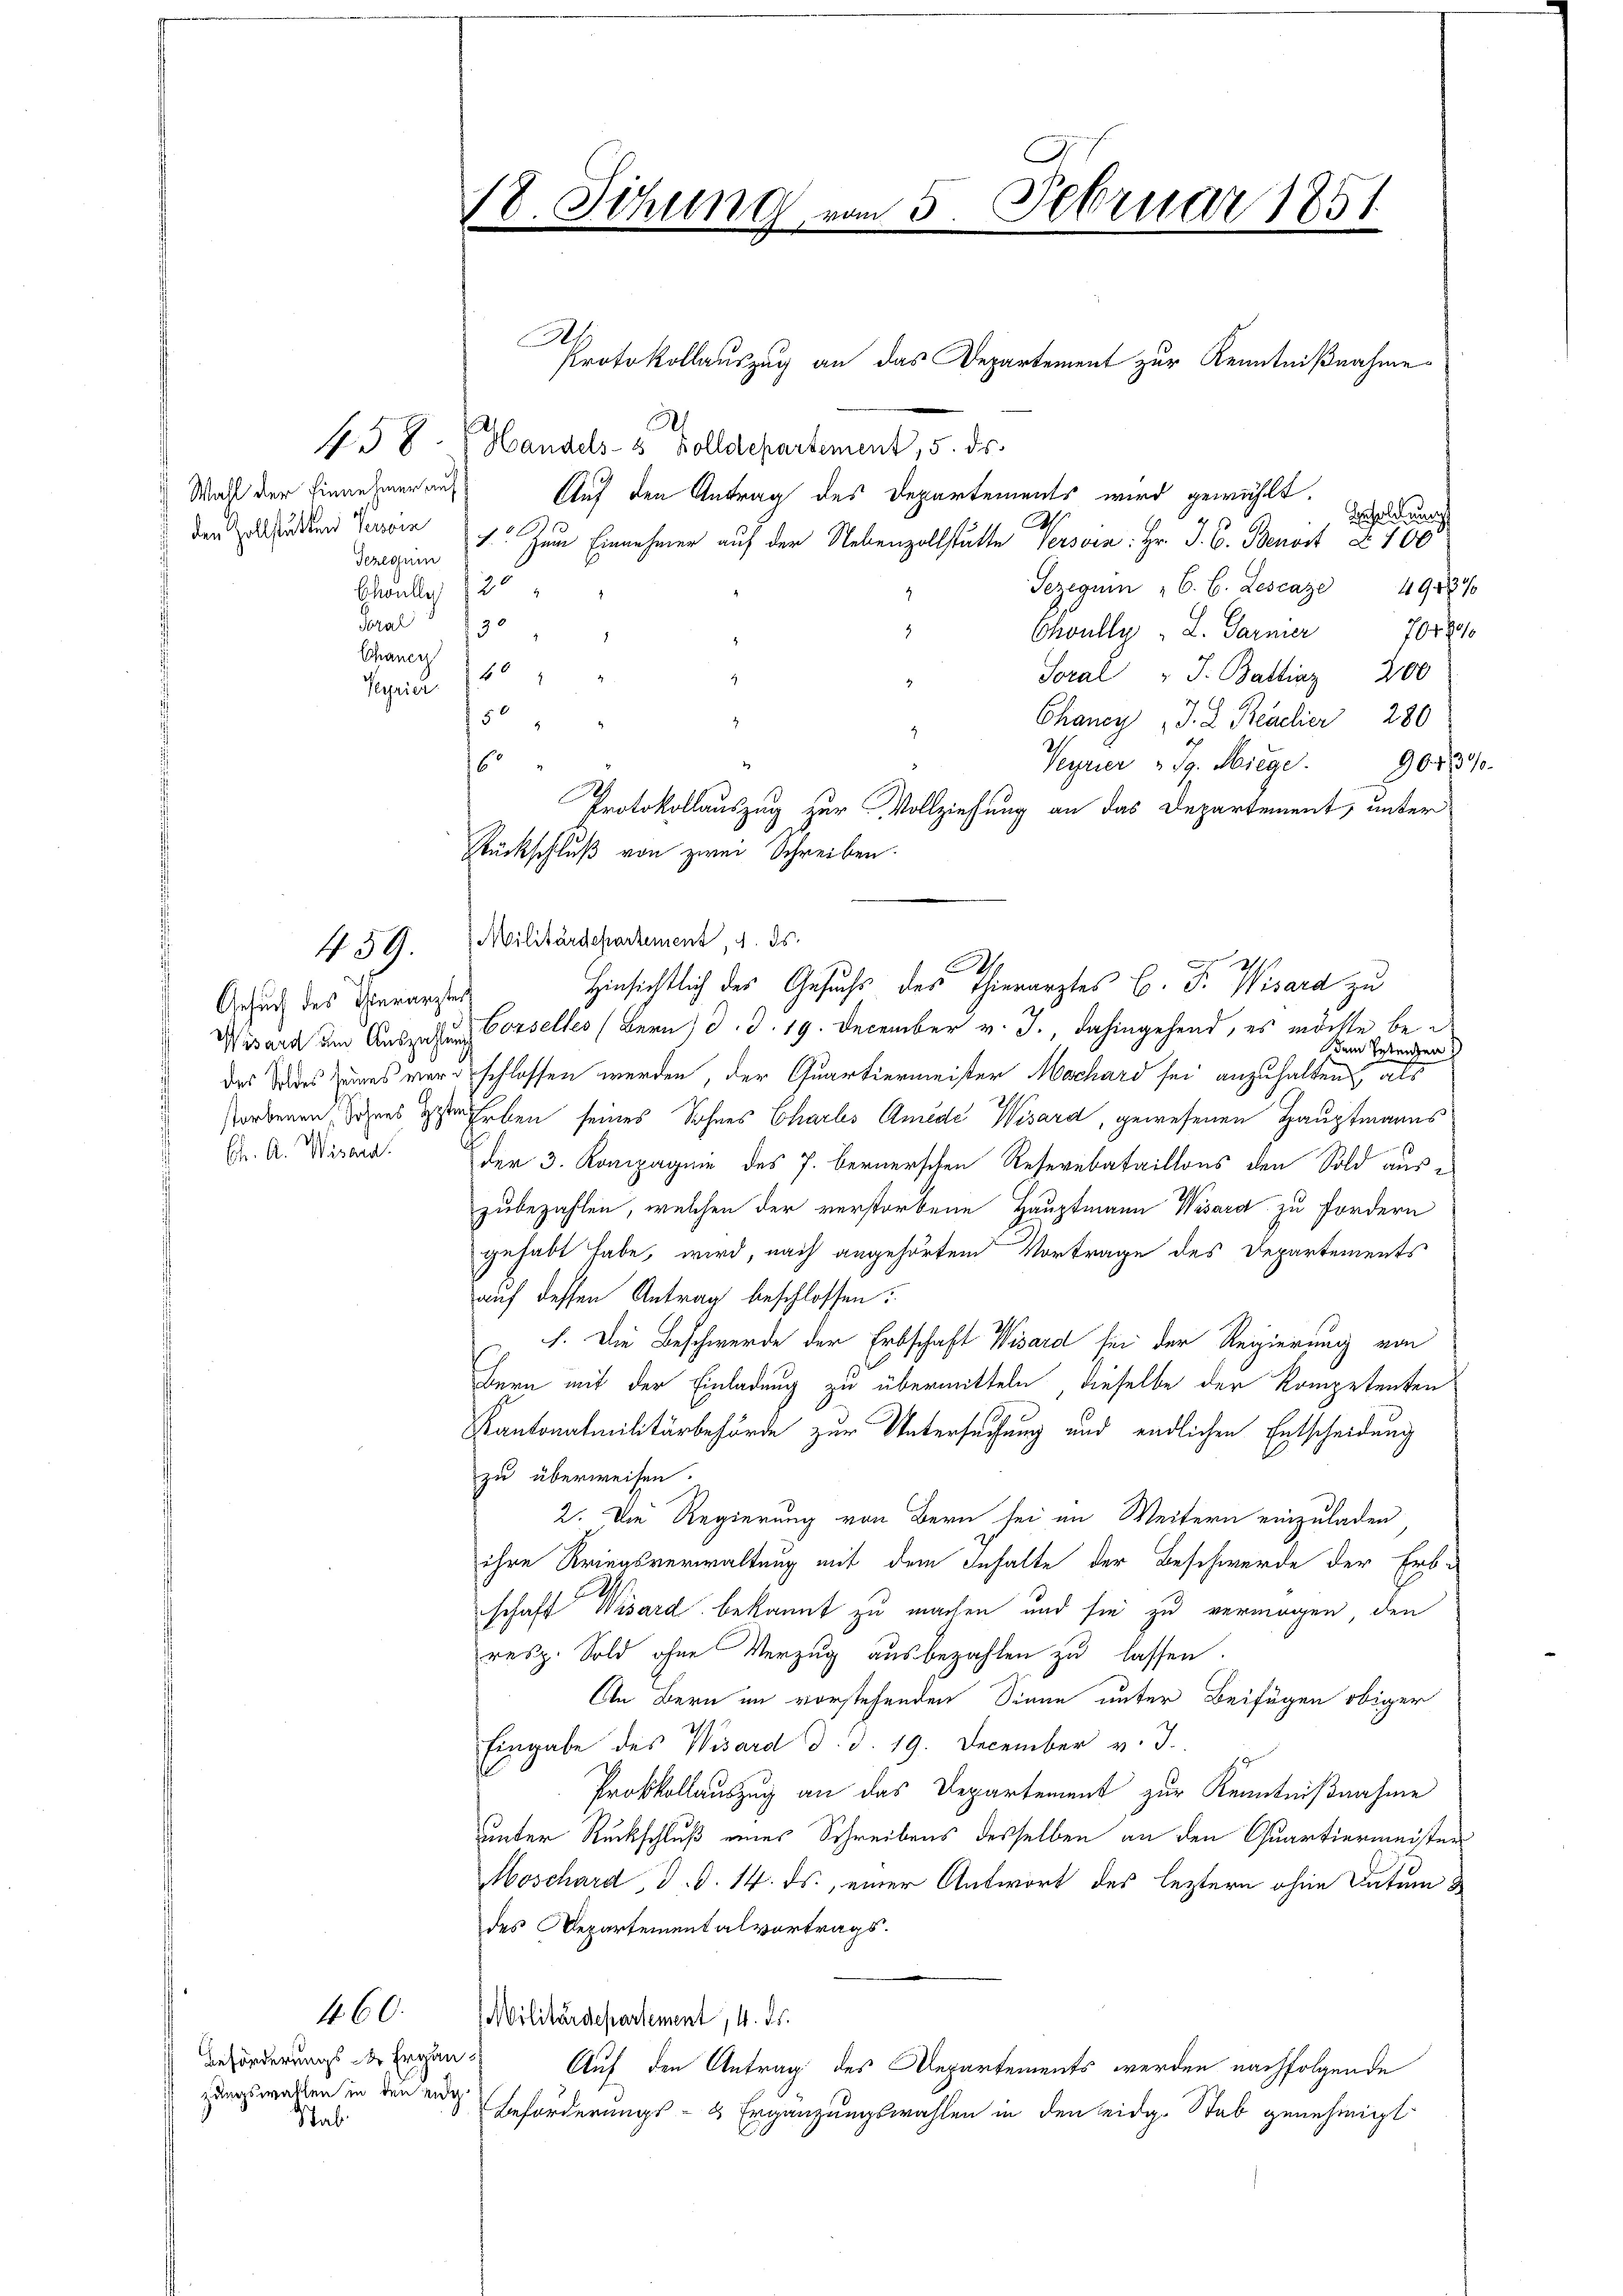
) Wall der Einnehmer auf
den Zollstätten Verein
Tezegum
Echaller 120

Gesuch des Thierarztes

Beförderungs der Ergänzungswahlen in den eidg
Stab

18. Sitzung vom 5. Februar 1851

Al
Protokollauszug an das Departement zur Kenntnißnahme
h
J
158.  Handels- & Zolldepartement, 5. ds.
Auf den Antrag des Departements wird gewählt.
Besoldung
W.
1. Zum Einnehmer auf der Nebenzollstätte Persoen: Hr. J. C. Benort § 100
Sezegum C. C. Lescaze 49439
Toral
230
2
Choully . L. Garnier
764800
.
Chancy
Soral " J. Balliaz 200
Papril 180
50
Chancy J. L. Beaclier 280
Wisard um Auszahlung Cosselles (Bern, d. d. 19. December v. J., dahingehend, es möchte bei
Dem Betrachen
das Todes Zuges vergeschlossen werden, der Quartiermeister Mechard sei anzuhalten, als
storbenen, Sohnes geste Erben seines Sohnes Charls Amede Wisard, gewesenen Hauptmanns
K. A. Wird der 3. Kompagnie des J. bernerschen Reservebataillons den Sold auszubezahlen, welchen der verstorbene Hauptmann Wisard zu fordern
gehabt habe, wird, nach angehörtem Vortrage des Departements
auf dessen Antrag beschlossen:
h. Die Beschwerde der Erbschaft Wisard sei der Regierung von
Hern mit der Einladung zu übermitteln, dieselbe der Kompetenten
Kantonalmilitärbehörde zur Untersuchung und endlichen Entscheidung
zu überweisen.
2. Die Regierung von Bern sei im Weitern einzuladen,
ihre Kriegsverwaltung mit dem Inhalte der Beschwerde der Erb-
schaft Wisard bekannt zu machen und sie zu vermögen, den
resp. Sold ohne Verzug ausbezahlen zu lassen.
An Bern im vorstehenden Sinne unter Beifügen obiger
Eingabe des Wisard d. d. 19. December v. J.
Protkollauszug an das Departement zur Kenntnißnahme
unter Rückschluß eines Schreibens desselben an den Quartiermeister
Moschard, d. d. 14. ds., einer Antwort des leztern ohne Datum &
des Departementalvertrags.
4 CC. Militärdepartement 14. ds.
Auf den Antrag des Departements werden nachfolgende
Beförderungs- & Ergänzungswahlen in den eidg. Stab genehmigt

16.
Verrier " Jg. Hiege. 9083
Protokollauszug zur Vollziehung an das Departement, unter
Rückschluß von zwei Schreiben.
459. Militärdepartement, u. ds.
S
Hinsichtlich des Gesuchs des Thierarztes C. Fr. Wisard zu